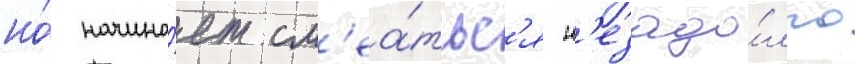
но́ начина́ет см'еа́тьс'я н'езадо́лго